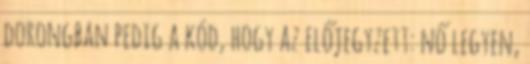
dorongban pedig a kód, hogy az előjegyzett: nő legyen,